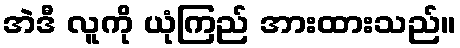
အဲဒီ လူကို ယုံကြည် အားထားသည်။